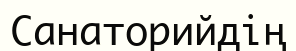
Санаторийдің